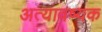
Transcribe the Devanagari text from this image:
अत्यावष्यक